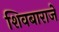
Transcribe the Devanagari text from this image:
शिवबाराजे